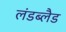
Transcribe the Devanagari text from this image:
लंडब्लैड